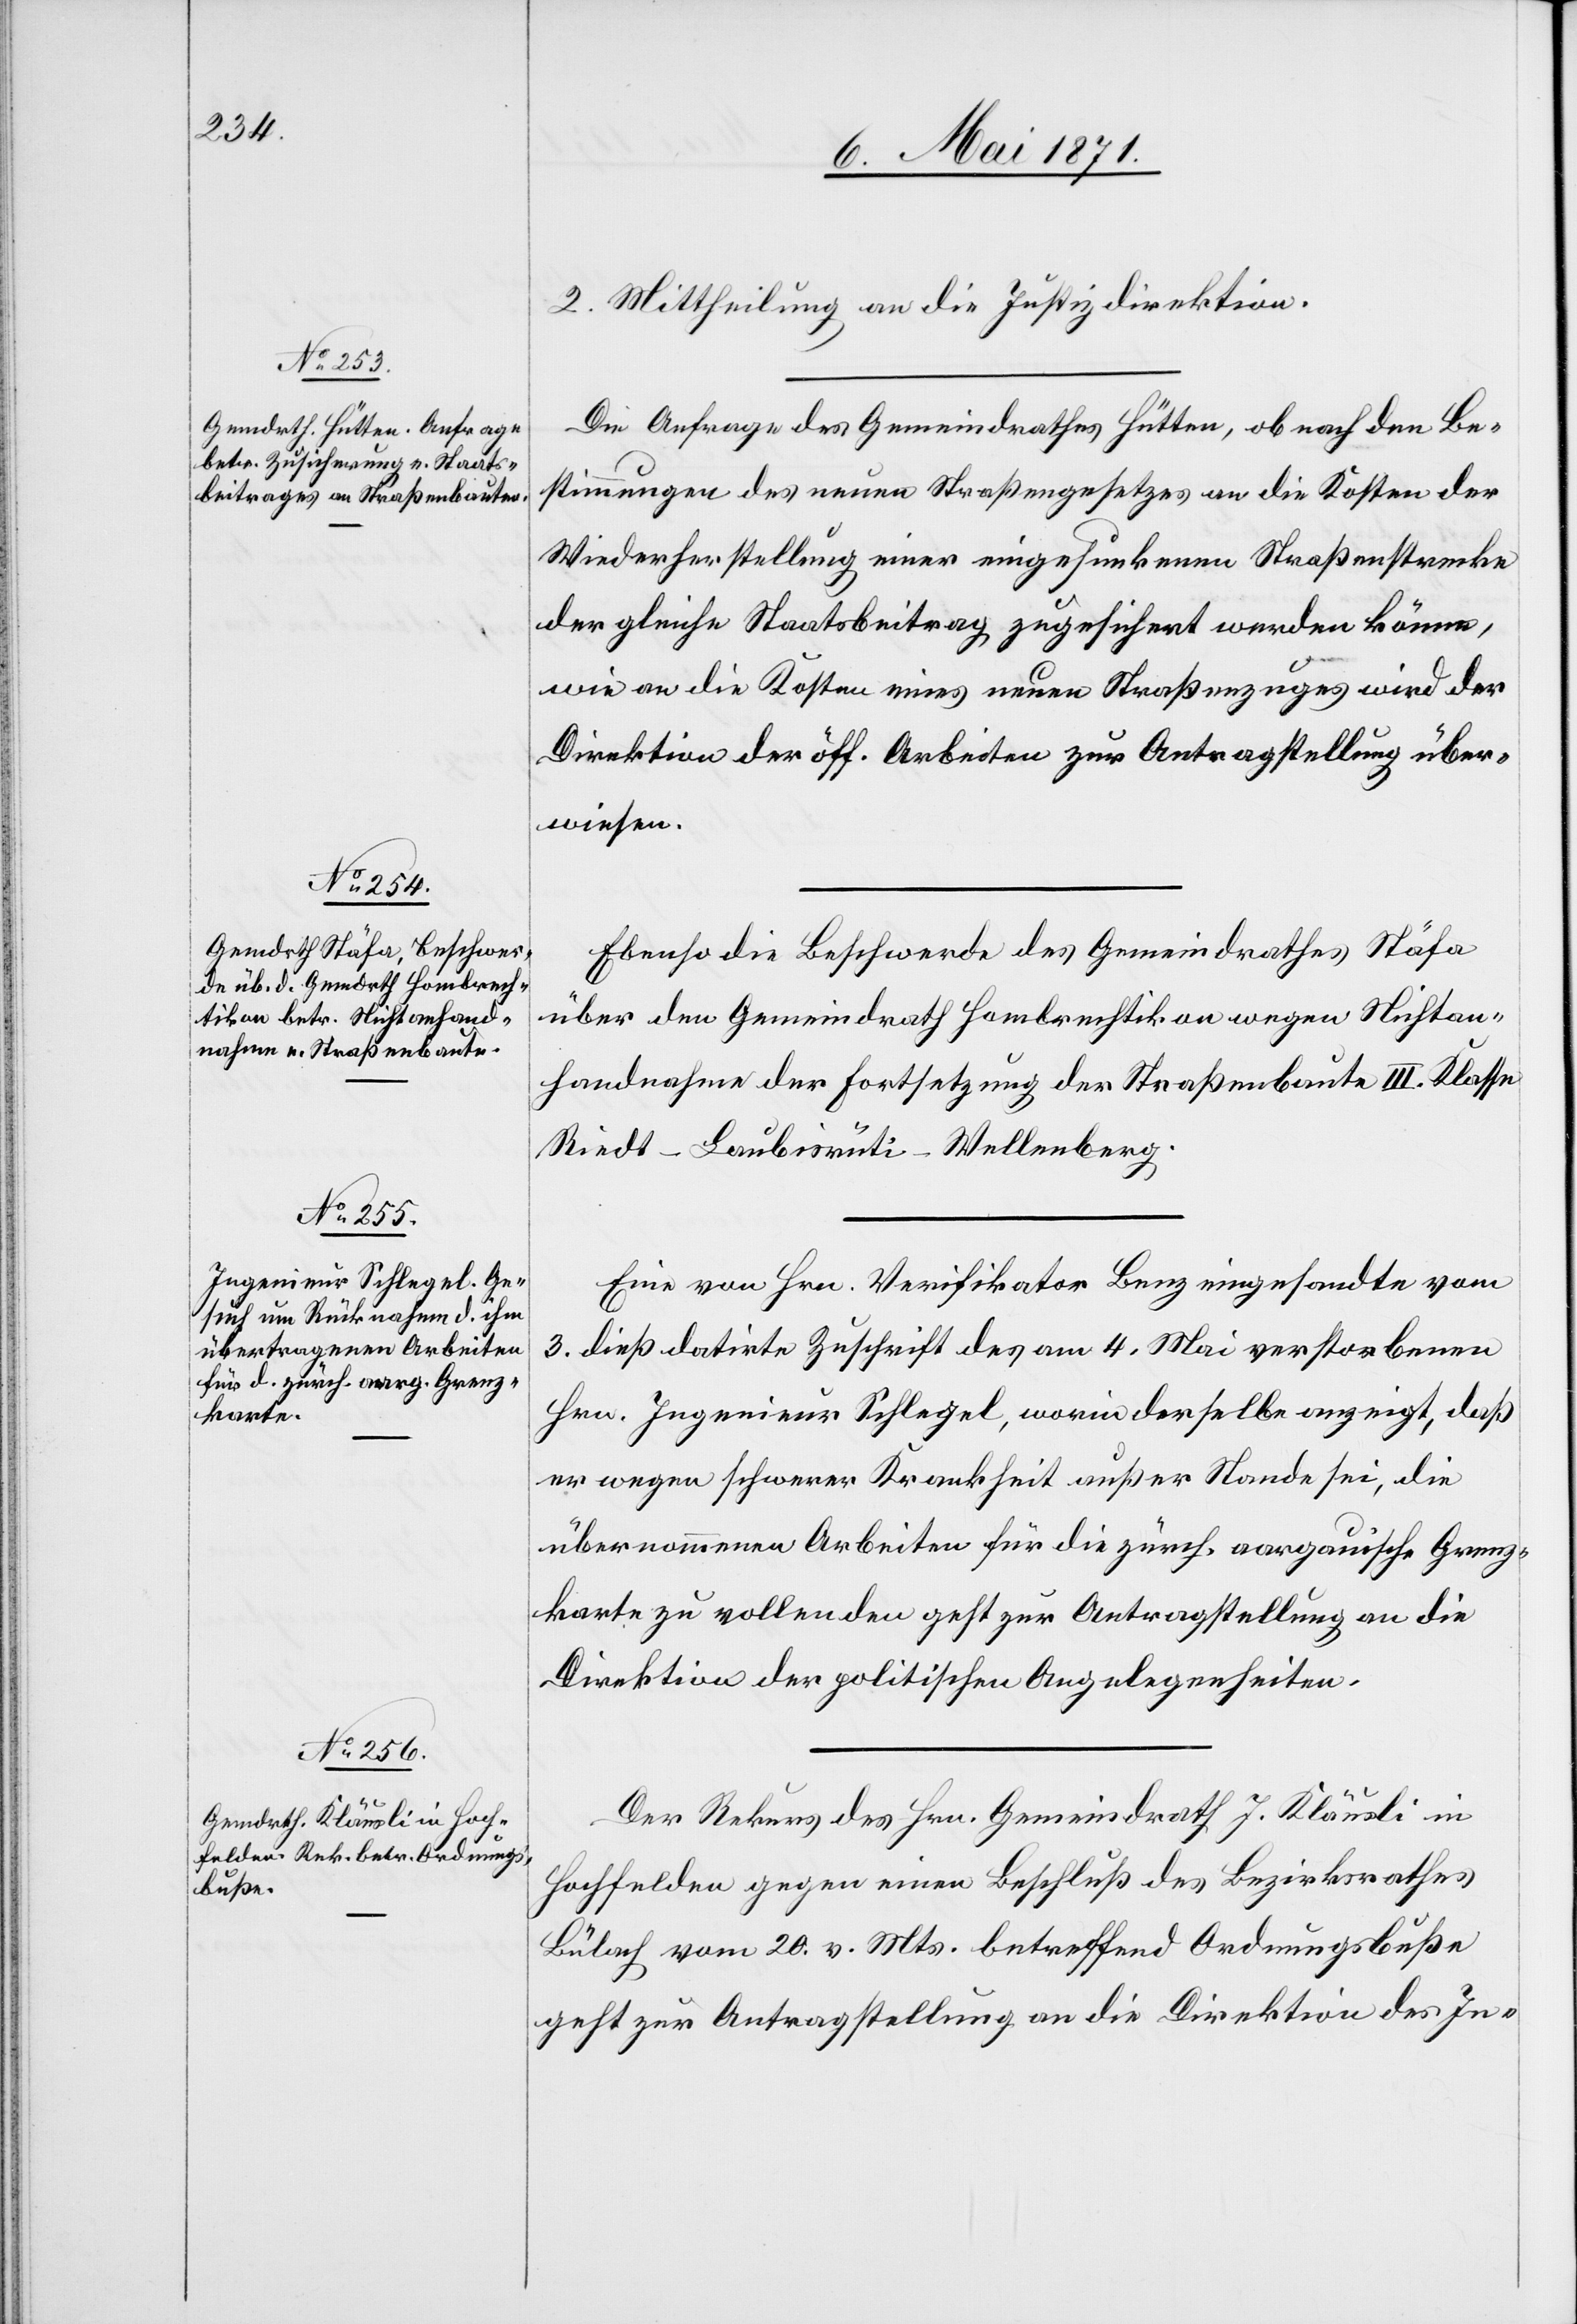
8. Mai 1871.]
2. Mittheilung an die Justizdirektion.
Die Anfrage des Gemeindrathes Hütten, ob nach den Be¬
stimmungen des neuen Straßengesetzes an die Kosten der
Wiederherstellung einer eingesunkenen Straßenstrecke
der gleiche Staatsbeitrag zugesichert werden könne,
wie an die Kosten eines neuen Straßenzuges wird der
Direktion der öff. Arbeiten zur Antragstellung über¬
wiesen.
Ebenso die Beschwerde des Gemeindrathes Stäfa
über den Gemeindrath Hombrechtikon wegen Nichtan¬
handnahme der Fortsetzung der Straßenbaute III. Klasse
Riedt-Laubisrüti-Wellenberg.
Eine von Hrn. Verifikator Benz eingesandte vom
3. dieß datirte Zuschrift des am 4. Mai verstorbenen
Hrn. Ingenieur Schlegel, worin derselbe anzeigt, daß
er wegen schwerer Krankheit außer Stande sei, die
übernommenen Arbeiten für die zürch. aargauische Grenz¬
karte zu vollenden geht zur Antragstellung an die
Direktion der politischen Angelegenheiten.
Der Rekurs des Hrn. Gemeindrath J. Kläusli in
Hochfelden gegen einen Beschluß des Bezirksrathes
Bülach vom 20. v. Mts. betreffend Ordnungsbuße
geht zur Antragstellung an die Direktion des In-